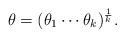
LaTeX: \begin{align*}\theta=(\theta_1\cdots\theta_k)^{\frac1k}.\end{align*}